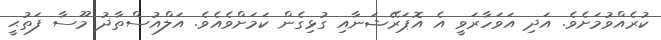
ކުރެއްވުމަށެވެ. އަދި އަވަހާރަވީ އެ އޮޕަރޭޝަނާއި ގުޅިގެން ކަމަށްވެއެވެ. އަލްއުސްތާޛު މޫސާ ފަތުޙީ